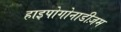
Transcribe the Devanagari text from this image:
हाइपोगोनाडीज़म